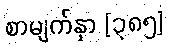
စာမျက်နှာ [၃၈၅]